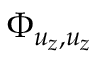
\Phi _ { u _ { z } , u _ { z } }